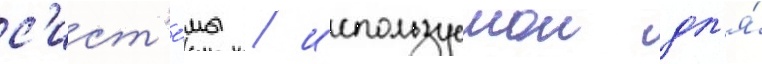
с'ист'е́мы / используемои дл'я́